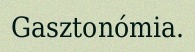
Gasztonómia.